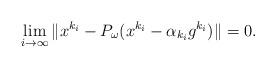
LaTeX: \begin{align*} \lim_{i\rightarrow \infty} \|x^{k_i} - P_\omega (x^{k_i} -\alpha_{k_i} g^{k_i})\| =0. \end{align*}